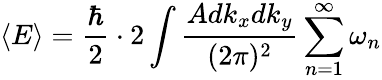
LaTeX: \langle E\rangle={\frac{\hbar}{2}}\cdot 2\int{\frac{Adk_{x}dk_{y}}{(2\pi)^{2}}}\sum_{n=1}^{\infty}\omega_{n}